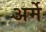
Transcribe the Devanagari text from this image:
अर्मे